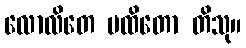
လောလိတေ မထိတော တိသု။